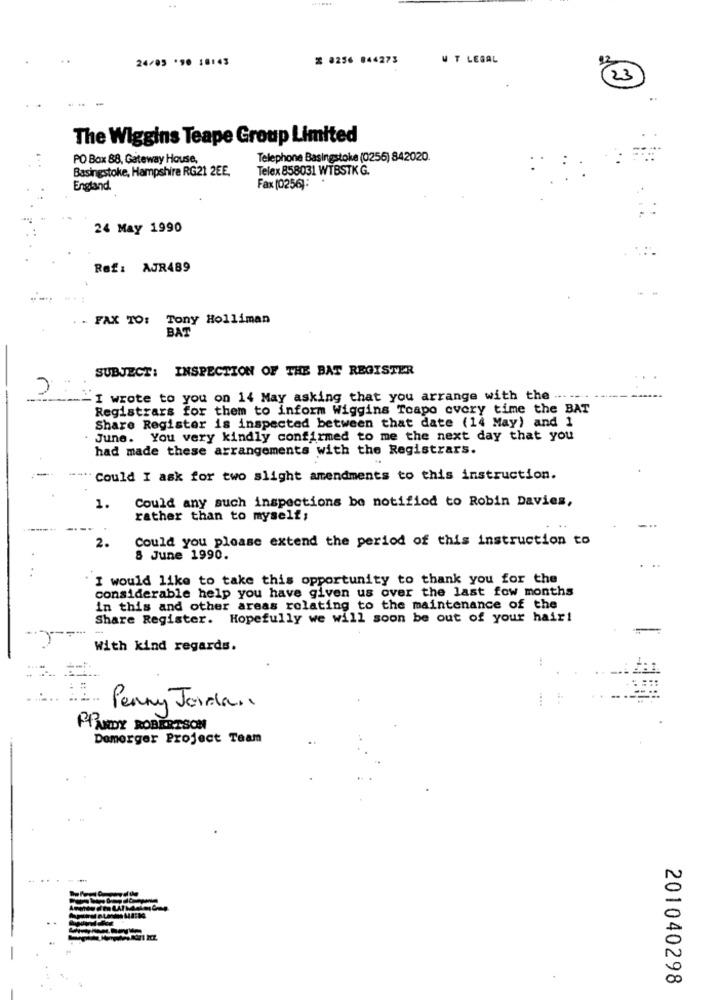
24/05 *90 18:43
% 0256 844273
W T LEGAL
23
The Wiggins Teape Group Limited
PO Box 88, Gateway House,
Telephone Basingstoke (0255) 842020.
Basingstoke, Hampshire RG21 2EE.
Telex 858031 WTBSTK G.
England.
Fax (0256):
24 May 1990
Ref: AJR489
FAX TO: Tony Holliman
BAT
SUBJECT: INSPECTION OF THE BAT REGISTER
I wrote to you on 14 May asking that you arrange with the ....
Registrars for them to inform Wiggins Toapo every time the BAT
Share Register is inspected between that date (14 May) and 1
June. You very kindly confirmed to me the next day that you
had made these arrangements with the Registrars.
Could I ask for two slight amendments to this instruction.
Could any such inspections be notified to Robin Davies,
1.
rather than to myself;
Could you please extend the period of this instruction to
2.
8 June 1990.
I would like to take this opportunity to thank you for the
considerable help you have given us over the last fow months
in this and other areas relating to the maintenance of the
Share Register. Hopefully we will soon be out of your hair!
With kind regards.
...
Penny Jordan
PPUDDY ROBERTSON
Domorger Project Team
201040298